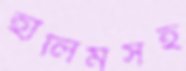
হালিমসহ